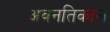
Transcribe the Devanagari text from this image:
अवनतिकाल